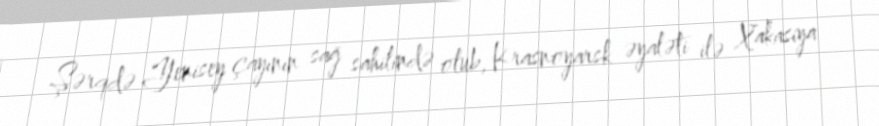
Şərqdə Yenisey çayının sağ sahilində olub, Krasnoyarsk əyaləti ilə Xakasiya